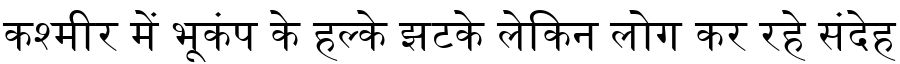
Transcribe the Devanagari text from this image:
कश्मीर में भूकंप के हल्के झटके लेकिन लोग कर रहे संदेह